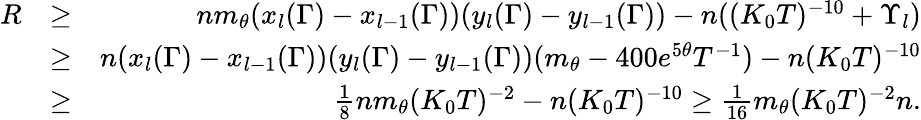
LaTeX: \begin{array}{rlr}{R}&{\geq}&{nm_{\theta}(x_{l}(\Gamma)-x_{l-1}(\Gamma))(y_{l}(\Gamma)-y_{l-1}(\Gamma))-n((K_{0}T)^{-10}+\Upsilon_{l})}\\ &{\geq}&{n(x_{l}(\Gamma)-x_{l-1}(\Gamma))(y_{l}(\Gamma)-y_{l-1}(\Gamma))(m_{\theta}-400e^{5\theta}T^{-1})-n(K_{0}T)^{-10}}\\ &{\geq}&{\frac{1}{8}nm_{\theta}(K_{0}T)^{-2}-n(K_{0}T)^{-10}\geq\frac{1}{16}m_{\theta}(K_{0}T)^{-2}n.}\end{array}